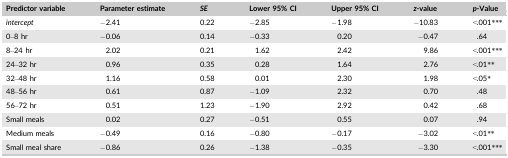
<table><thead><tr><td><b>Predictor variable</b></td><td><b>Parameter estimate</b></td><td><b><i>SE</i></b></td><td><b>Lower 95% CI</b></td><td><b>Upper 95% CI</b></td><td><b><i>z</i>‐value</b></td><td><b><i>p</i>‐Value</b></td></tr></thead><tbody><tr><td><i>intercept</i></td><td>−2.41</td><td>0.22</td><td>−2.85</td><td>−1.98</td><td>−10.83</td><td>&lt;.001***</td></tr><tr><td>0–8 hr</td><td>−0.06</td><td>0.14</td><td>−0.33</td><td>0.20</td><td>−0.47</td><td>.64</td></tr><tr><td>8–24 hr</td><td>2.02</td><td>0.21</td><td>1.62</td><td>2.42</td><td>9.86</td><td>&lt;.001***</td></tr><tr><td>24–32 hr</td><td>0.96</td><td>0.35</td><td>0.28</td><td>1.64</td><td>2.76</td><td>&lt;.01**</td></tr><tr><td>32–48 hr</td><td>1.16</td><td>0.58</td><td>0.01</td><td>2.30</td><td>1.98</td><td>&lt;.05*</td></tr><tr><td>48–56 hr</td><td>0.61</td><td>0.87</td><td>−1.09</td><td>2.32</td><td>0.70</td><td>.48</td></tr><tr><td>56–72 hr</td><td>0.51</td><td>1.23</td><td>−1.90</td><td>2.92</td><td>0.42</td><td>.68</td></tr><tr><td>Small meals</td><td>0.02</td><td>0.27</td><td>−0.51</td><td>0.55</td><td>0.07</td><td>.94</td></tr><tr><td>Medium meals</td><td>−0.49</td><td>0.16</td><td>−0.80</td><td>−0.17</td><td>−3.02</td><td>&lt;.01**</td></tr><tr><td>Small meal share</td><td>−0.86</td><td>0.26</td><td>−1.38</td><td>−0.35</td><td>−3.30</td><td>&lt;.001***</td></tr></tbody></table>